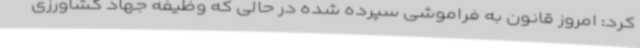
کرد: امروز قانون به فراموشی سپرده شده در حالی که وظیفه جهاد کشاورزی